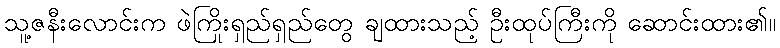
သူ့ဇနီးလောင်းက ဖဲကြိုးရှည်ရှည်တွေ ချထားသည့် ဦးထုပ်ကြီးကို ဆောင်းထား၏။